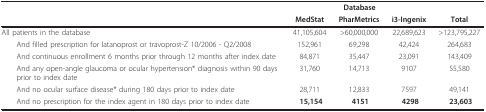
<table><thead><tr><td></td><td colspan="3"><b>Database</b></td><td></td></tr><tr><td></td><td><b>MedStat</b></td><td><b>PharMetrics</b></td><td><b>i3-Ingenix</b></td><td><b>Total</b></td></tr></thead><tbody><tr><td>All patients in the database</td><td>41,105,604</td><td>&gt;60,000,000</td><td>22,689,623</td><td>&gt;123,795,227</td></tr><tr><td> And filled prescription for latanoprost or travoprost-Z 10/2006 - Q2/2008</td><td>152,961</td><td>69,298</td><td>42,424</td><td>264,683</td></tr><tr><td> And continuous enrollment 6 months prior through 12 months after index date</td><td>84,871</td><td>35,447</td><td>23,091</td><td>143,409</td></tr><tr><td> And any open-angle glaucoma or ocular hypertension* diagnosis within 90 days prior to index date</td><td>31,760</td><td>14,713</td><td>9107</td><td>55,580</td></tr><tr><td> And no ocular surface disease* during 180 days prior to index date</td><td>28,711</td><td>12,833</td><td>7597</td><td>49,141</td></tr><tr><td> And no prescription for the index agent in 180 days prior to index date</td><td><b> 15,154</b></td><td><b> 4151</b></td><td><b> 4298</b></td><td><b> 23,603</b></td></tr></tbody></table>